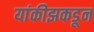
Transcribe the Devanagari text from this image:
यांकीझकडून